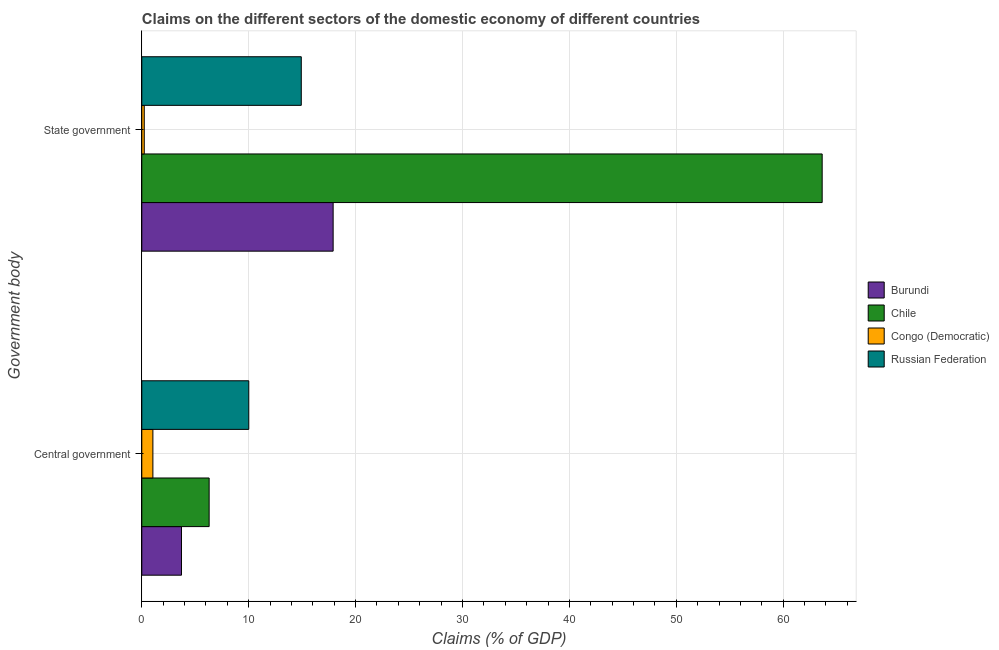
| Government body | Burundi | Chile | Congo (Democratic) | Russian Federation |
 | --- | --- | --- | --- | --- |
 | Central government | 3.71 | 6.3 | 1.04 | 10 |
 | State government | 17.9 | 63.6 | 0.23 | 14.9 |